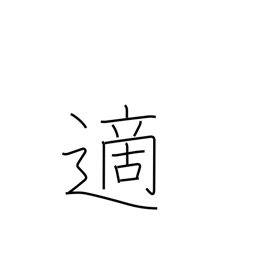
Meaning: occasional